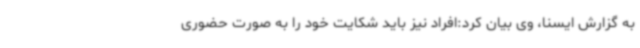
به گزارش ایسنا، وی بیان کرد:افراد نیز باید شکایت خود را به صورت حضوری